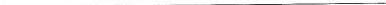
___